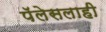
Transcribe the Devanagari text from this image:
पॅलेसलाही